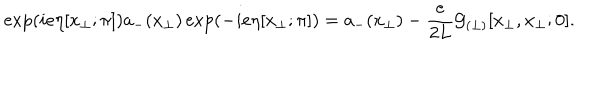
LaTeX: \exp \left( i e \eta [ x _ { \perp } ; \pi ] \right) a _ { - } ( x _ { \perp } ) \exp \left( - i e \eta [ x _ { \perp } ; \pi ] \right) = a _ { - } ( x _ { \perp } ) - \frac { e } { 2 L } { \cal G } _ { ( \perp ) } [ x _ { \perp } , x _ { \perp } ; 0 ] .